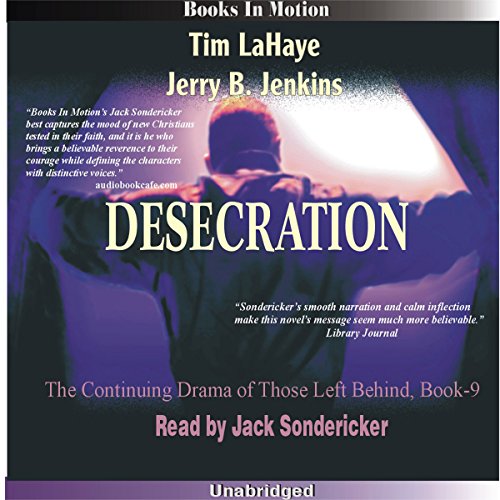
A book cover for Desecration: Left Behind Series, Book 9; Tim LaHaye; Religion & Spirituality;